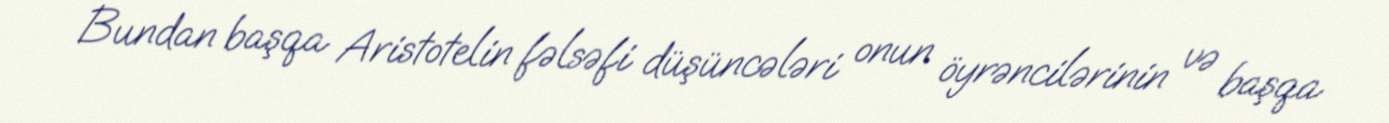
Bundan başqa Aristotelin fəlsəfi düşüncələri onun öyrəncilərinin və başqa